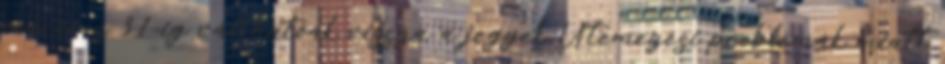
március 31-ig válthatóak vissza a jegyek Ütemezési problémák miatt